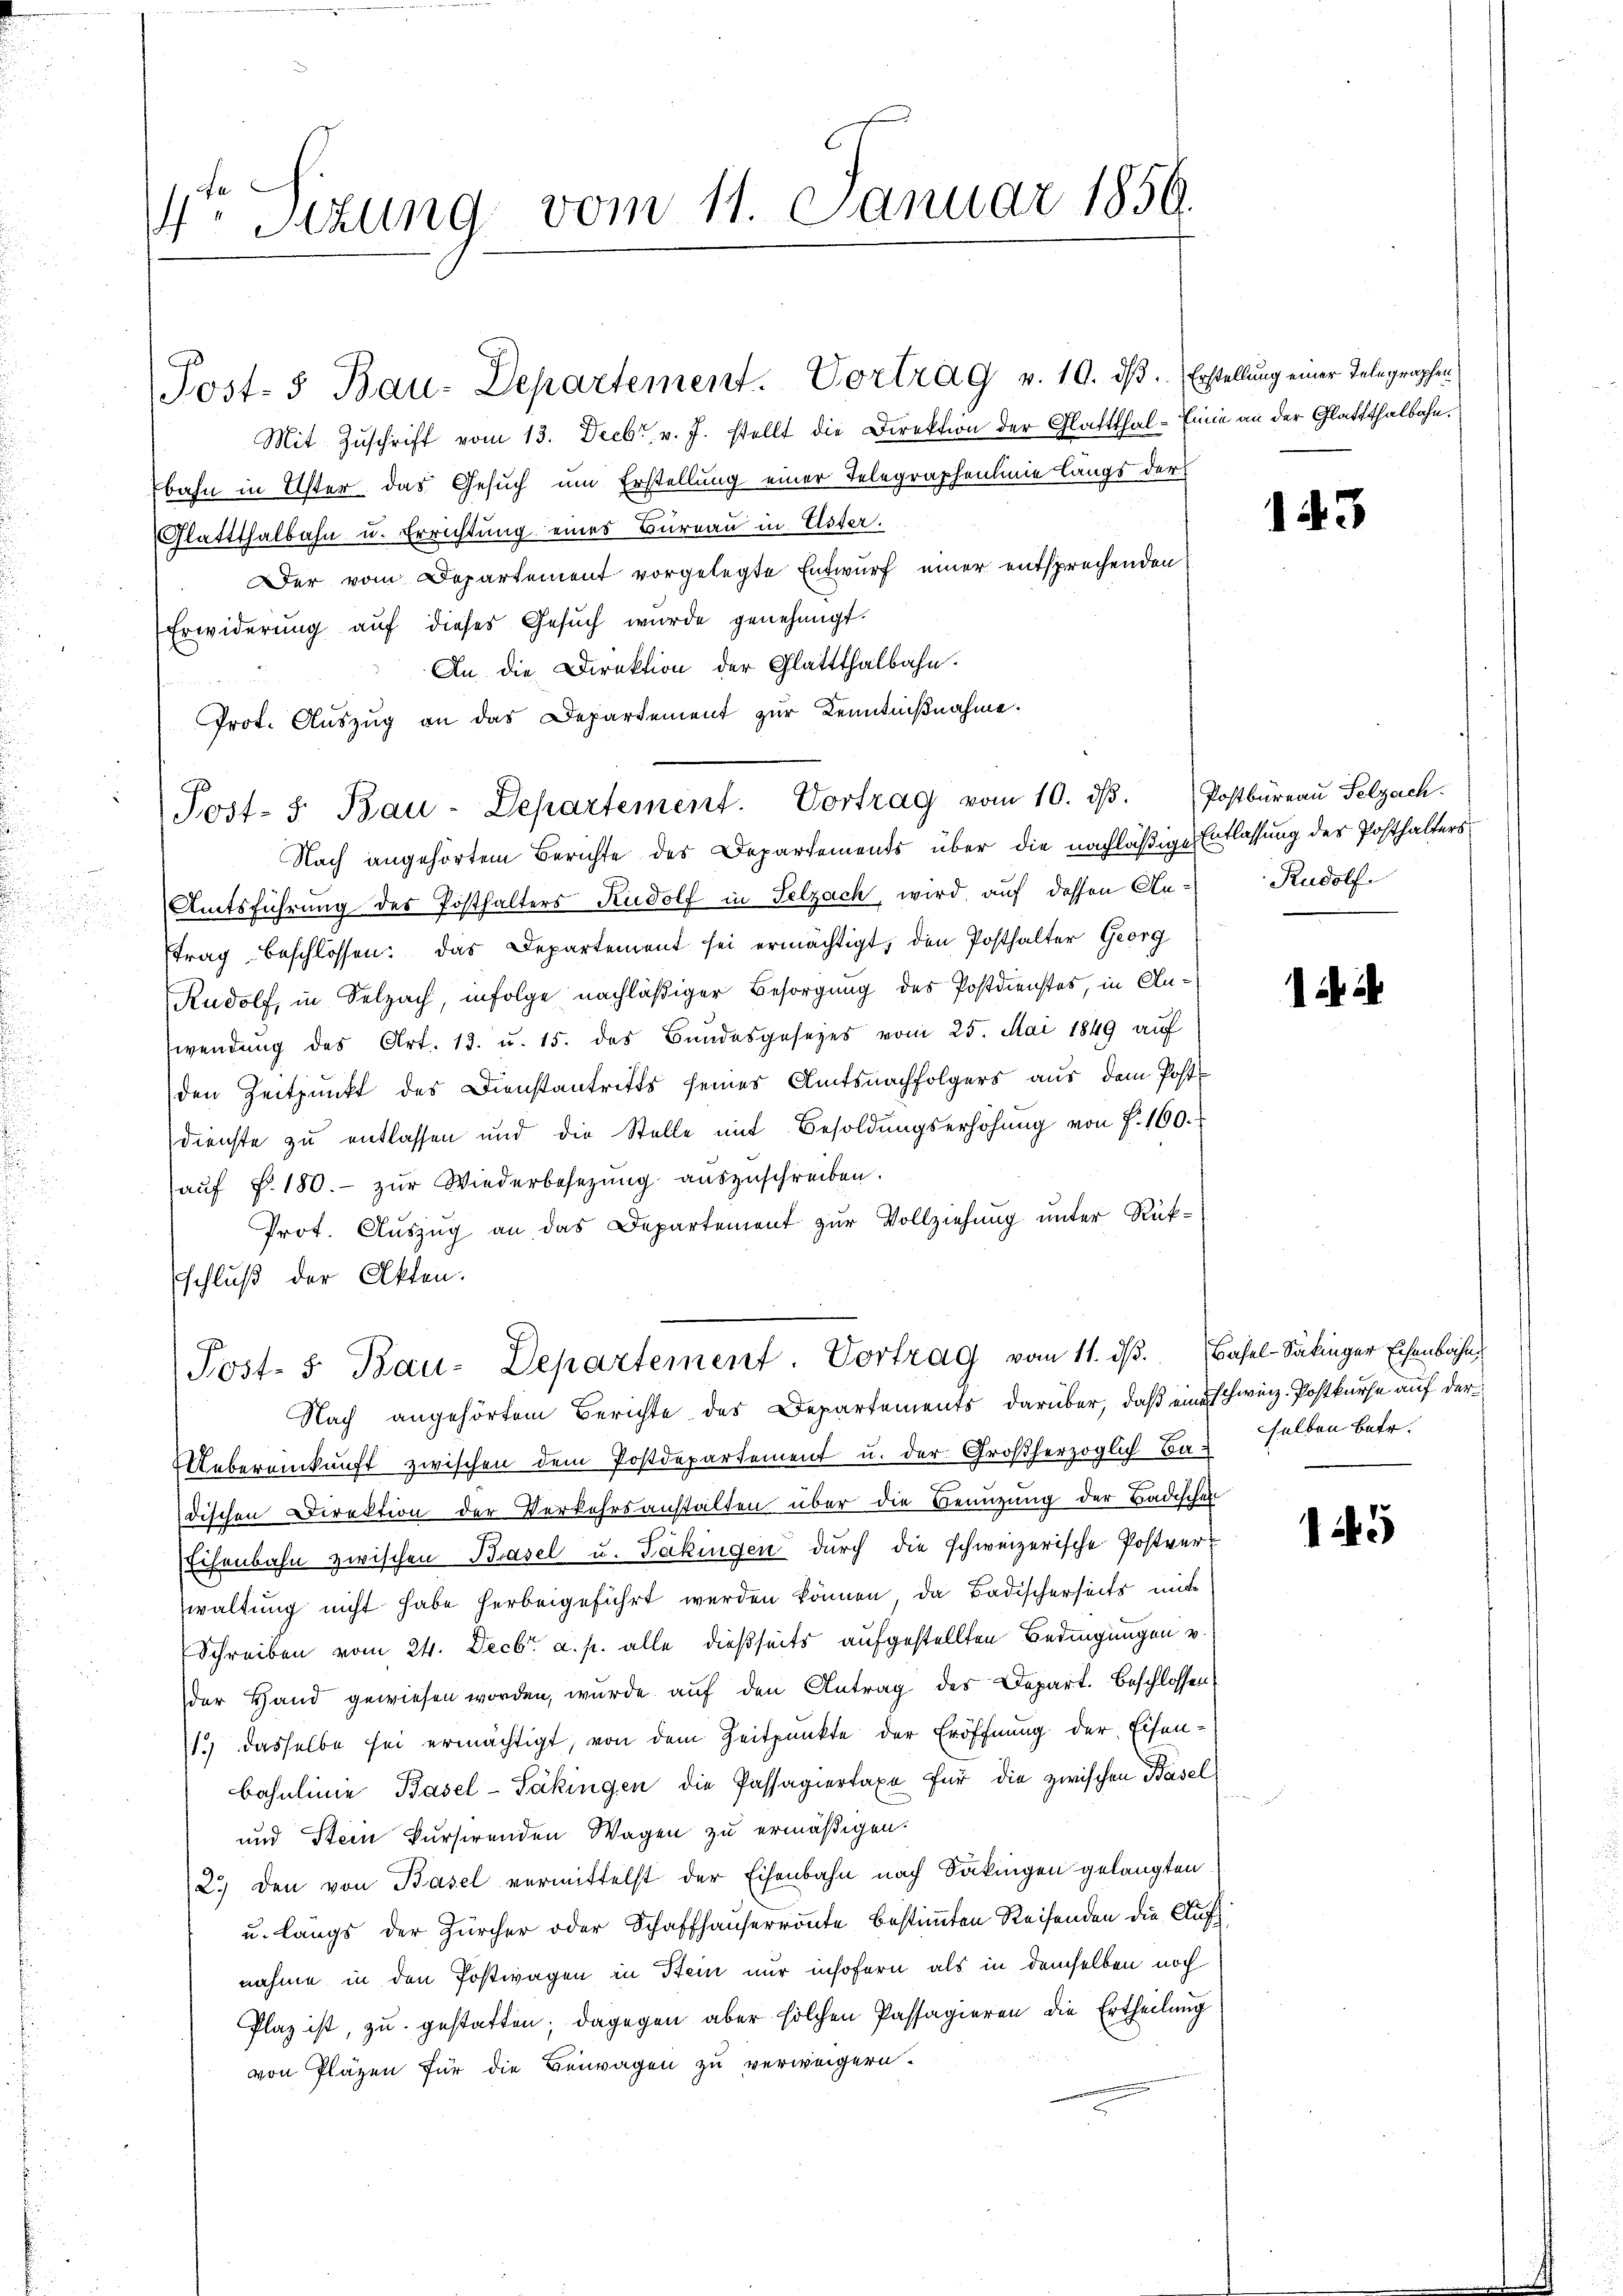
Stzung vom 11. Januar 1859.
.

Mit Zuschrift vom 13. Decbr. v. J. stellt die Direktion der Glattthal-Einie an der Glattthalbahn.
bahn in Uster das Gesuch um Erstellung einer Telegraphenlinie längs der
Glattthalbahn u. Errichtung eines Bureau in Uster.
Der vom Departement vorgelegte Entwurf einer entsprechenden
Erwiderung auf dieses Gesuch wurde genehmigt.
An die Direktion der Glattthalbahn.
¬
Prot. Auszug an das Departement zur Kenntnißnahme.
Nach angehörtem Berichte des Departements über die nachläßige Entlassung der Posthalters
Amtsführung des Posthalters Rudolf in Selzach, wird auf dessen Antrag beschlossen: das Departement sei ermächtigt, den Posthalter Georg
Rudolf, in Selzach, infolge nachläßiger Besorgung des Postdienstes, in Anwendung des Art. 13. u. 15. des Bundesgesezes vom 25. Mai 1849 auf
den Zeitpunkt des Dienstantritts seines Amtsnachfolgers aus dem Postdienste zu entlassen und die Stelle mit Besoldŭngserhöhŭng von f. 160.
aŭf §. 180. zŭr Wiederbesezung auszuschreiben.
Prot. Auszug an das Departement zur Vollziehung unter Rük¬
Eschluß der Akten.
Post- 5. Bau-Departement. Vortrag vom 11. ds. Basel-Satinger Eisenbahn
Nach angehörtem Berichte des Departements darüber, daß eine schweiz. Postkurse auf der¬
Uebereinkunft zwischen dem Postdepartement u. der Großherzoglich Badischen Direktion der Verkehrsanstalten über die Benuzung der Badischen
Eisenbahn zwischen Basel u. Takingen durch die schweizerische Postver-
waltung nicht habe herbeigeführt werden können, da Badischerseits mit
Schreiben vom 24. Decbr. a. p. alle dießseits aufgestellten Bedingungen v.
der Hand gewiesen worden, wurde auf den Antrag des Depart. Beschlossen
1.) dasselbe sei ermächtigt, von dem Zeitpunkte der Eröffnung der Eisenbahnlinie Basel-Säkingen die Passagiertaxe für die zwischen Basel
und Stein kursirenden Wagen zu ermäßigen.
2.) Den von Basel vermittelst der Eisenbahn nach Säkingen gelangten
u. längs der Zürcher oder Schaffhauserronte bestimmten Reifenden die Aufs
nahme in den Postwagen in Stein nur insofern als in demselben noch
Plaz ist, zu gestatten; dagegen aber solchen Passagieren die Ertheilung
von Pläzen für die Benagen zu verweigern.

Post- 5 Bau-Departement. Vortrag v. 10. ds. Erstellung einer Telegraphen

Post- 5. Bau-Departement. Vortrag vom 10. dβ. Postbüreau Selzach

143

Rudolf

selben betr.

145